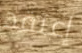
إعتقد